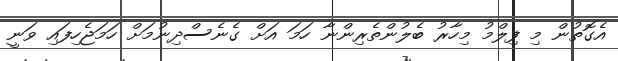
އެގޮތުން މި ފިލްމު މިހާރު ބެލުންތެރިންނާ ހަމަ އަށް ގެނެސްދިނުމަށް ހަމަޖެހިފައި ވަނީ